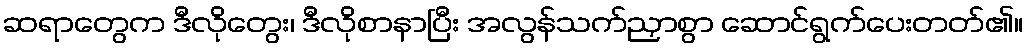
ဆရာတွေက ဒီလိုတွေး၊ ဒီလိုစာနာပြီး အလွန်သက်ညှာစွာ ဆောင်ရွက်ပေးတတ်၏။